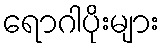
ရောဂါပိုးများ